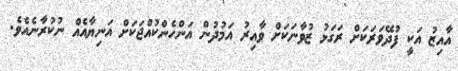
އާއިޒު އަކީ ފުދޭވަރަކަށް ރަގަޅު ޒުވާނަކަށް ވާއިރު އަމުދުން އަންހެންކުއްޖަކަށް އަނިޔާއެއް ނުކުރާނެއެވެ.